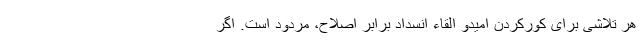
هر تلاشی برای کورکردن امیدو القاء انسداد برابر اصلاح، مردود است. اگر